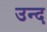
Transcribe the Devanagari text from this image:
उन्द